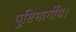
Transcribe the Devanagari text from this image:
पुष्टिमार्गीय।